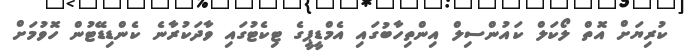
ކުރިޔަށް އޮތް ލޯކަލް ކައުންސިލް އިންތިހާބުގައި އެމްޑީޕީގެ ޓިކެޓުގައި ވާދަކުރާނެ ކެންޑިޑޭޓުން ހޮވުމަށް